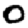
Digit: 0